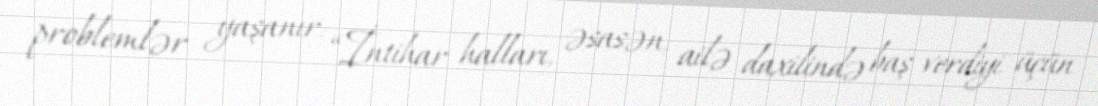
problemlər yaşanır: “İntihar halları, əsasən, ailə daxilində baş verdiyi üçün